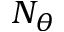
N _ { \theta }